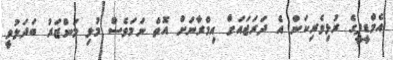
އެމްޑީޕީގެ ރުޅިވެރިކަން އެ ދަރަޖައަށް އިމްރާނަށް އޮތް ނަމަވެސް މުޅި މަންޒަރު ބަދަލުވީ